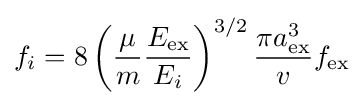
f_{i}=8\left({\frac {\mu }{m}}{\frac {E_{\rm {ex}}}{E_{i}}}\right)^{3/2}{\frac {\pi a_{\rm {ex}}^{3}}{v}}f_{\rm {ex}}